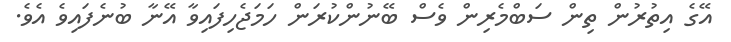
އޭގެ އިތުރުން ތިން ސަބްމެރިން ވެސް ބޭނުންކުރަން ހަމަޖެހިފައިވާ އޭނާ ބުނެފައިވެ އެވެ.